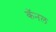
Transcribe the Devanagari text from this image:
कॅनल